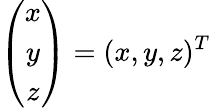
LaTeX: \left(\begin{array}{c}{x}\\ {y}\\ {z}\end{array}\right)=(x,y,z)^{T}